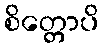
စိတ္တောပိ